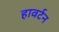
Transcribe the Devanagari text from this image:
हावर्टन